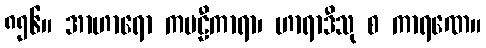
၈၅၆။ အာဟာရော ကဗဠီကာရာ၊ ဟာရာဒီသု စ ကာရဏေ။